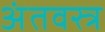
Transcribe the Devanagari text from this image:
अंतवस्त्र